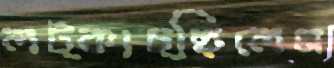
লট্‌কাচ্ছিলেম